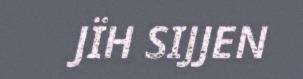
JÏH SIJJEN